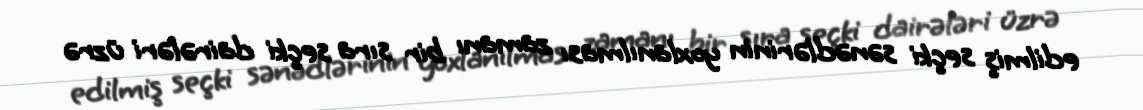
edilmiş seçki sənədlərinin yoxlanılması zamanı bir sıra seçki dairələri üzrə